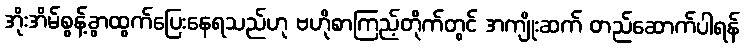
အိုးအိမ်စွန့်ခွာထွက်ပြေးနေရသည်ဟု ဗဟိုစာကြည့်တိုက်တွင် အကျိုးဆက် တည်ဆောက်ပါရန်